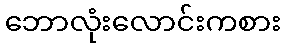
ဘောလုံးလောင်းကစား